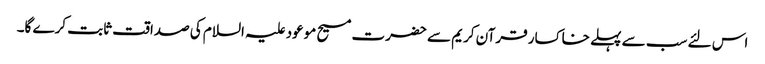
اس لئے سب سے پہلے خاکسار قرآن کریم سے حضرت مسیح موعود علیہ السلام کی صداقت ثابت کرے گا۔